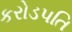
કરોડપતિ